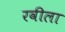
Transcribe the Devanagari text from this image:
रवीला